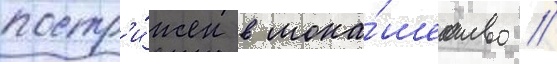
постр'и́жен в мона́шество //